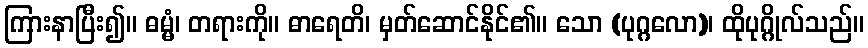
ကြားနာပြီး၍။ ဓမ္မံ၊ တရားကို။ ဓာရေတိ၊ မှတ်ဆောင်နိုင်၏။ သော (ပုဂ္ဂလော)၊ ထိုပုဂ္ဂိုလ်သည်။